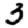
Digit: 3